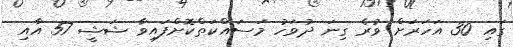
ގައި 30 އަހަރަށް ވުރެ ގިނަ ދުވަހު މަސައްކަތްކޮށްފައިވާ ޝަޝީ 57 އާއި